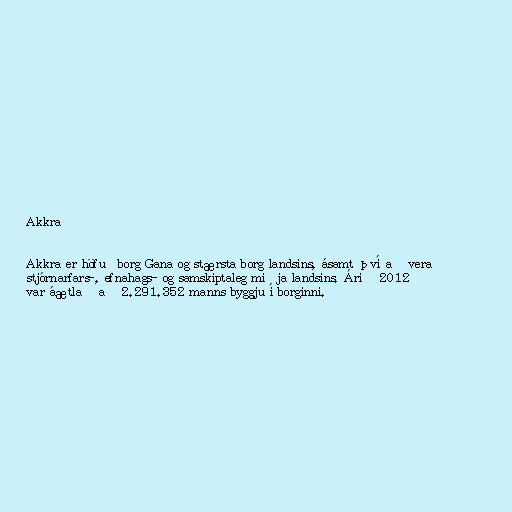
Akkra

Akkra er höfuðborg Gana og stærsta borg landsins, ásamt því að vera
stjórnarfars-, efnahags- og samskiptaleg miðja landsins. Árið 2012
var áætlað að 2.291.352 manns byggju í borginni.